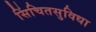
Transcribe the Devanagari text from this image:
सिंचितसुविधा